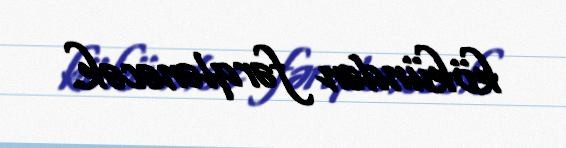
kökündən fərqlənəcək.